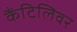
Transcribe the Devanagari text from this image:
कैंटिलिवर